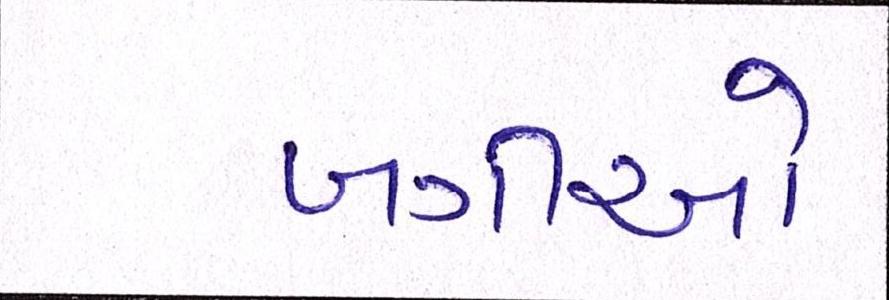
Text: બગીઓ